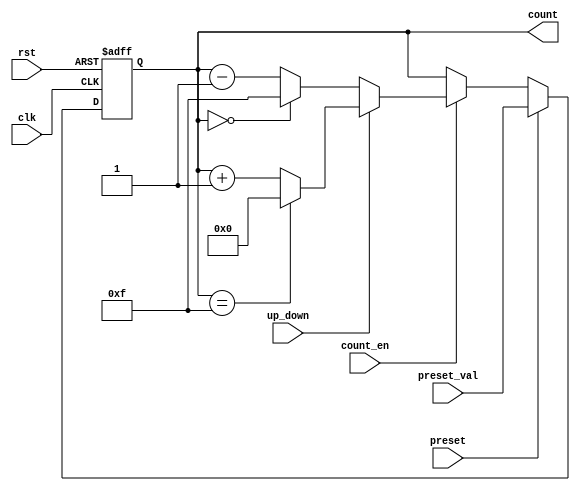
module presettable_counter (
    input wire clk,               // Clock signal
    input wire rst,               // Active-high reset signal
    input wire preset,            // Active-high preset signal
    input wire [n-1:0] preset_val, // Preset value for the counter
    input wire count_en,          // Count enable signal
    input wire up_down,           // Up/Down control signal
    output reg [n-1:0] count      // Counter value output
);
    parameter n = 4;              // Bit width of the counter

    always @(posedge clk or posedge rst) begin
        if (rst) begin
            count <= 0;           // Reset the counter to zero
        end else if (preset) begin
            count <= preset_val;  // Load the preset value
        end else if (count_en) begin
            if (up_down) begin
                if (count == (1 << n) - 1) begin
                    count <= 0;    // Wrap around to zero on overflow
                end else begin
                    count <= count + 1; // Increment the counter
                end
            end else begin
                if (count == 0) begin
                    count <= (1 << n) - 1; // Wrap around to max value on underflow
                end else begin
                    count <= count - 1; // Decrement the counter
                end
            end
        end
    end

endmodule